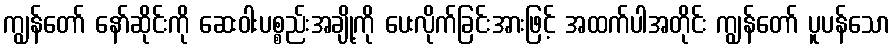
ကျွန်တော် နော်ဆိုင်းကို ဆေးဝါးပစ္စည်းအချို့ကို ပေးလိုက်ခြင်းအားဖြင့် အထက်ပါအတိုင်း ကျွန်တော် ပူပန်သော